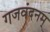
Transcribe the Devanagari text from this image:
गजवंदनम्